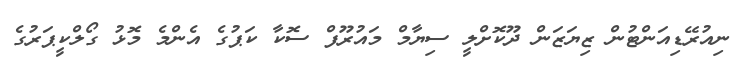
ނިއުރޭޑިއަންޓުން ޒިޔަޒަން ދޫކޮށްލީ ސިޔާމް މައުރޫފް ސޮކާ ކަޕުގެ އެންމެ މޮޅު ގޯލްކީޕަރުގެ